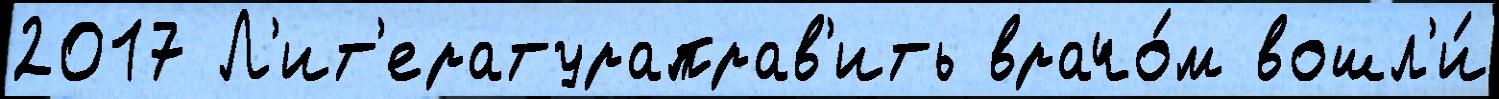
2017 Л'ит'ератураправ'ить врачо́м вошл'и́